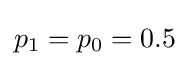
p_{1}=p_{0}=0.5